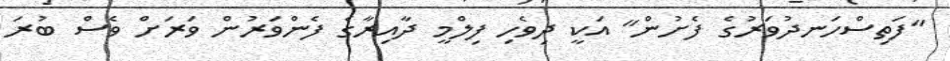
"ފަތިސްހަނދުވަރުގެ ފެށުން" އަކީ ދިވެހި ފިލްމީ ދާއިރާގެ ފެންވަރުން ވަރަށް ވެސް ބުރަ